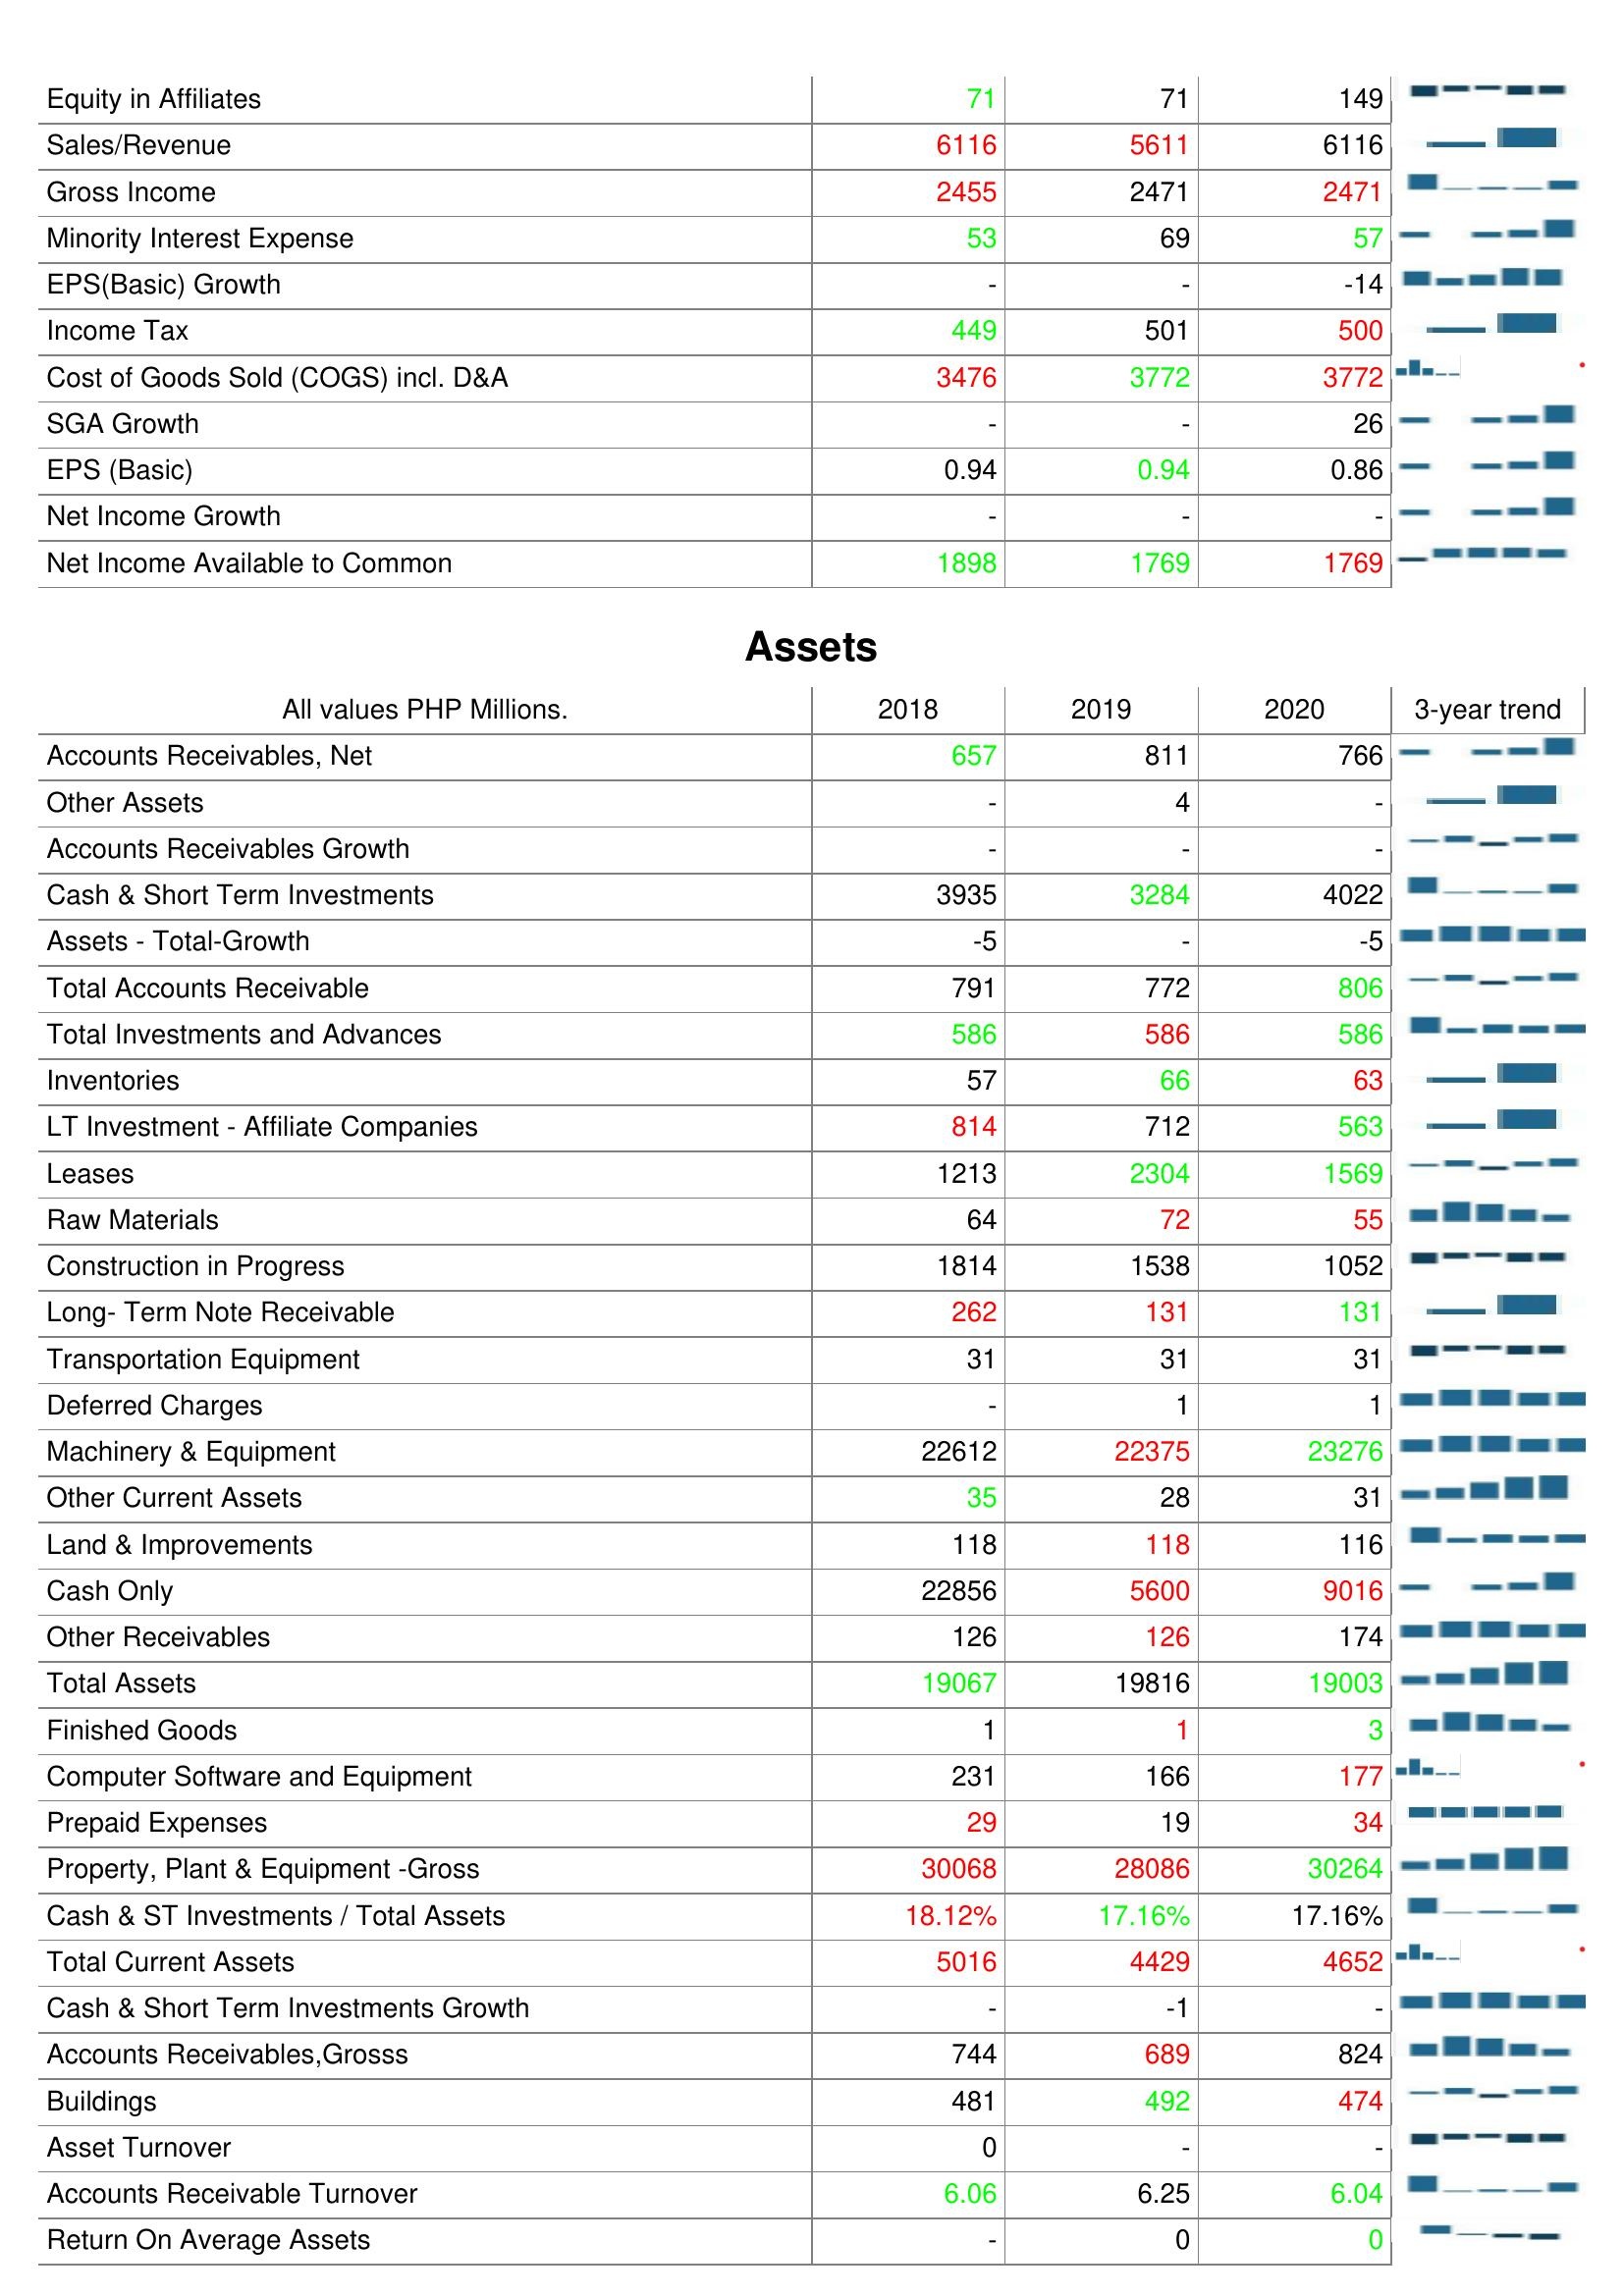
2018: : Equity in Affiliates: 71
Sales/Revenue: 6116
Gross Income: 2455
Minority Interest Expense: 53
EPS(Basic) Growth: -
Income Tax: 449
Cost of Goods Sold (COGS) incl. D&A: 3476
SGA Growth: -
EPS (Basic): 0.94
Net Income Growth: -
Net Income Available to Common: 1898
Assets: Accounts Receivables, Net: 657
Other Assets: -
Accounts Receivables Growth: -
Cash & Short Term Investments: 3935
Assets - Total-Growth: -5
Total Accounts Receivable: 791
Total Investments and Advances: 586
Inventories: 57
LT Investment - Affiliate Companies: 814
Leases: 1213
Raw Materials: 64
Construction in Progress: 1814
Long- Term Note Receivable: 262
Transportation Equipment: 31
Deferred Charges: -
Machinery & Equipment: 22612
Other Current Assets: 35
Land & Improvements: 118
Cash Only: 22856
Other Receivables: 126
Total Assets: 19067
Finished Goods: 1
Computer Software and Equipment: 231
Prepaid Expenses: 29
Property, Plant & Equipment -Gross: 30068
Cash & ST Investments / Total Assets: 18.12%
Total Current Assets: 5016
Cash & Short Term Investments Growth: -
Accounts Receivables,Grosss: 744
Buildings: 481
Asset Turnover: 0
Accounts Receivable Turnover: 6.06
Return On Average Assets: -
2019: : Equity in Affiliates: 71
Sales/Revenue: 5611
Gross Income: 2471
Minority Interest Expense: 69
EPS(Basic) Growth: -
Income Tax: 501
Cost of Goods Sold (COGS) incl. D&A: 3772
SGA Growth: -
EPS (Basic): 0.94
Net Income Growth: -
Net Income Available to Common: 1769
Assets: Accounts Receivables, Net: 811
Other Assets: 4
Accounts Receivables Growth: -
Cash & Short Term Investments: 3284
Assets - Total-Growth: -
Total Accounts Receivable: 772
Total Investments and Advances: 586
Inventories: 66
LT Investment - Affiliate Companies: 712
Leases: 2304
Raw Materials: 72
Construction in Progress: 1538
Long- Term Note Receivable: 131
Transportation Equipment: 31
Deferred Charges: 1
Machinery & Equipment: 22375
Other Current Assets: 28
Land & Improvements: 118
Cash Only: 5600
Other Receivables: 126
Total Assets: 19816
Finished Goods: 1
Computer Software and Equipment: 166
Prepaid Expenses: 19
Property, Plant & Equipment -Gross: 28086
Cash & ST Investments / Total Assets: 17.16%
Total Current Assets: 4429
Cash & Short Term Investments Growth: -1
Accounts Receivables,Grosss: 689
Buildings: 492
Asset Turnover: -
Accounts Receivable Turnover: 6.25
Return On Average Assets: 0
2020: : Equity in Affiliates: 149
Sales/Revenue: 6116
Gross Income: 2471
Minority Interest Expense: 57
EPS(Basic) Growth: -14
Income Tax: 500
Cost of Goods Sold (COGS) incl. D&A: 3772
SGA Growth: 26
EPS (Basic): 0.86
Net Income Growth: -
Net Income Available to Common: 1769
Assets: Accounts Receivables, Net: 766
Other Assets: -
Accounts Receivables Growth: -
Cash & Short Term Investments: 4022
Assets - Total-Growth: -5
Total Accounts Receivable: 806
Total Investments and Advances: 586
Inventories: 63
LT Investment - Affiliate Companies: 563
Leases: 1569
Raw Materials: 55
Construction in Progress: 1052
Long- Term Note Receivable: 131
Transportation Equipment: 31
Deferred Charges: 1
Machinery & Equipment: 23276
Other Current Assets: 31
Land & Improvements: 116
Cash Only: 9016
Other Receivables: 174
Total Assets: 19003
Finished Goods: 3
Computer Software and Equipment: 177
Prepaid Expenses: 34
Property, Plant & Equipment -Gross: 30264
Cash & ST Investments / Total Assets: 17.16%
Total Current Assets: 4652
Cash & Short Term Investments Growth: -
Accounts Receivables,Grosss: 824
Buildings: 474
Asset Turnover: -
Accounts Receivable Turnover: 6.04
Return On Average Assets: 0